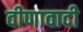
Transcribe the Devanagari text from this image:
वीणावादी